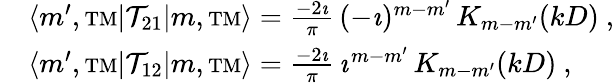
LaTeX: \begin{array}{rl}&{\langle m^{\prime},{\mathrm{\scriptstyle TM}}|{\mathcal{T}}_{21}|m,{\mathrm{\scriptstyle TM}}\rangle=\frac{-2\imath}{\pi}\, (-\imath)^{m-m^{\prime}}\, K_{m-m^{\prime}}(kD)~,}\\ &{\langle m^{\prime},{\mathrm{\scriptstyle TM}}|{\mathcal{T}}_{12}|m,{\mathrm{\scriptstyle TM}}\rangle=\frac{-2\imath}{\pi}\, \imath^{m-m^{\prime}}\, K_{m-m^{\prime}}(kD)~,}\end{array}